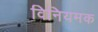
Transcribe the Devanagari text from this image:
विनियमक